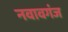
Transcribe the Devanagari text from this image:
नवावगंज